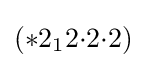
(*2_{1}2{\cdot }2{\cdot }2)